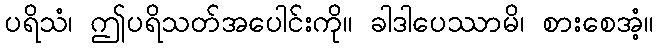
ပရိသံ၊ ဤပရိသတ်အပေါင်းကို။ ခါဒါပေဿာမိ၊ စားစေအံ့။